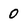
Character: 0